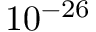
1 0 ^ { - 2 6 }